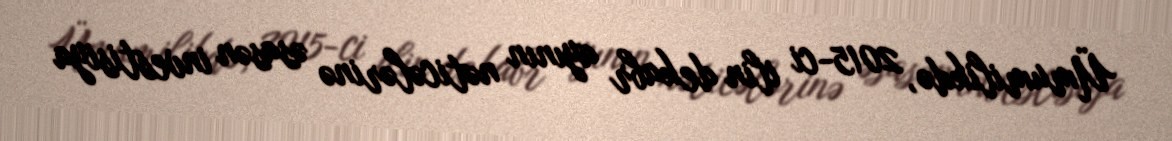
Ümumilikdə, 2015-ci ilin dekabr ayının nəticələrinə əsasən investisiya